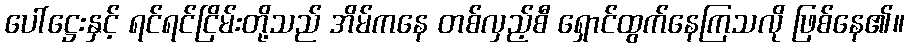
ပေါ်ဋ္ဌေးနှင့် ရင်ရင်ငြိမ်းတို့သည် အိမ်ကနေ တစ်လှည့်စီ ရှောင်ထွက်နေကြသလို ဖြစ်နေ၏။